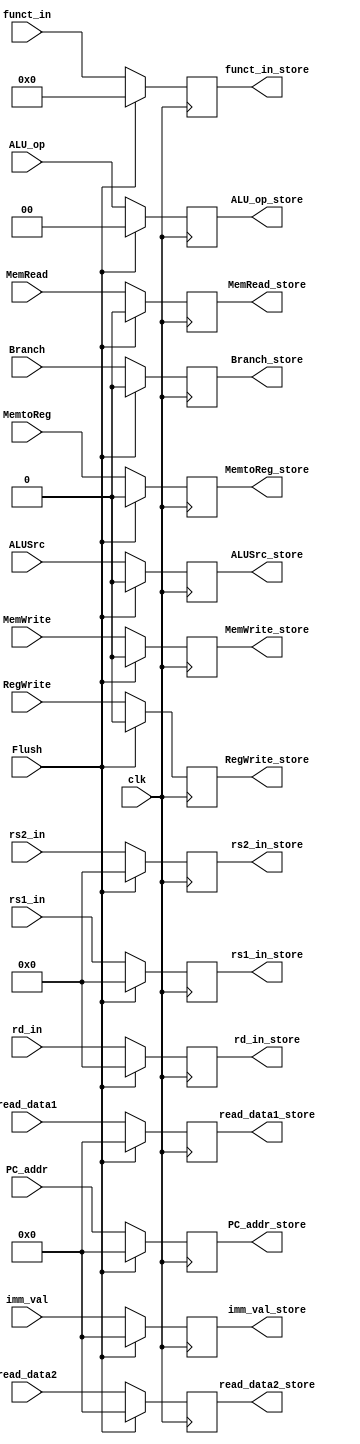
module ID_EX(
input clk, Flush,
input [63:0] PC_addr,
input [63:0] read_data1, read_data2,
input [63:0] imm_val,
input [3:0] funct_in,
input [4:0] rd_in, rs1_in, rs2_in,
input MemtoReg, RegWrite,
input Branch, MemWrite, MemRead,
input ALUSrc,
input [1:0] ALU_op,
output reg [63:0] PC_addr_store,
output reg [63:0] read_data1_store, read_data2_store,
output reg [63:0] imm_val_store,
output reg [3:0] funct_in_store,
output reg [4:0] rd_in_store, rs1_in_store, rs2_in_store,
output reg MemtoReg_store, RegWrite_store,
output reg Branch_store, MemWrite_store, MemRead_store,
output reg ALUSrc_store,
output reg [1:0] ALU_op_store
);

always @(posedge clk) begin

if (Flush) begin
PC_addr_store <= 0;
read_data1_store <= 0;
read_data2_store <= 0;
imm_val_store <= 0;
funct_in_store <= 0;
rd_in_store <= 0;
rs1_in_store <= 0;
rs2_in_store <= 0;
RegWrite_store <= 0;
MemtoReg_store <= 0;
Branch_store <= 0;
MemWrite_store <= 0;
MemRead_store <= 0;
ALUSrc_store <= 0;
ALU_op_store <= 0;
end

else begin

PC_addr_store <= PC_addr;
read_data1_store <= read_data1;
read_data2_store <= read_data2;
imm_val_store <= imm_val;
funct_in_store <= funct_in;
rd_in_store <= rd_in;
rs1_in_store <= rs1_in;
rs2_in_store <= rs2_in;
RegWrite_store <= RegWrite;
MemtoReg_store <= MemtoReg;
Branch_store <= Branch;
MemWrite_store <= MemWrite;
MemRead_store <= MemRead;
ALUSrc_store <= ALUSrc;
ALU_op_store <= ALU_op;
end
end

endmodule